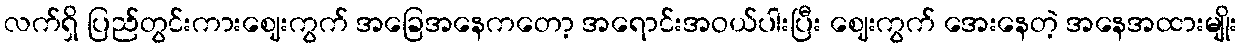
လက်ရှိ ပြည်တွင်းကားဈေးကွက် အခြေအနေကတော့ အရောင်းအဝယ်ပါးပြီး ဈေးကွက် အေးနေတဲ့ အနေအထားမျိုး